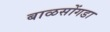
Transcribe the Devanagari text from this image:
बाळसोंगडा